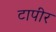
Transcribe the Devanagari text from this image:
टापीर